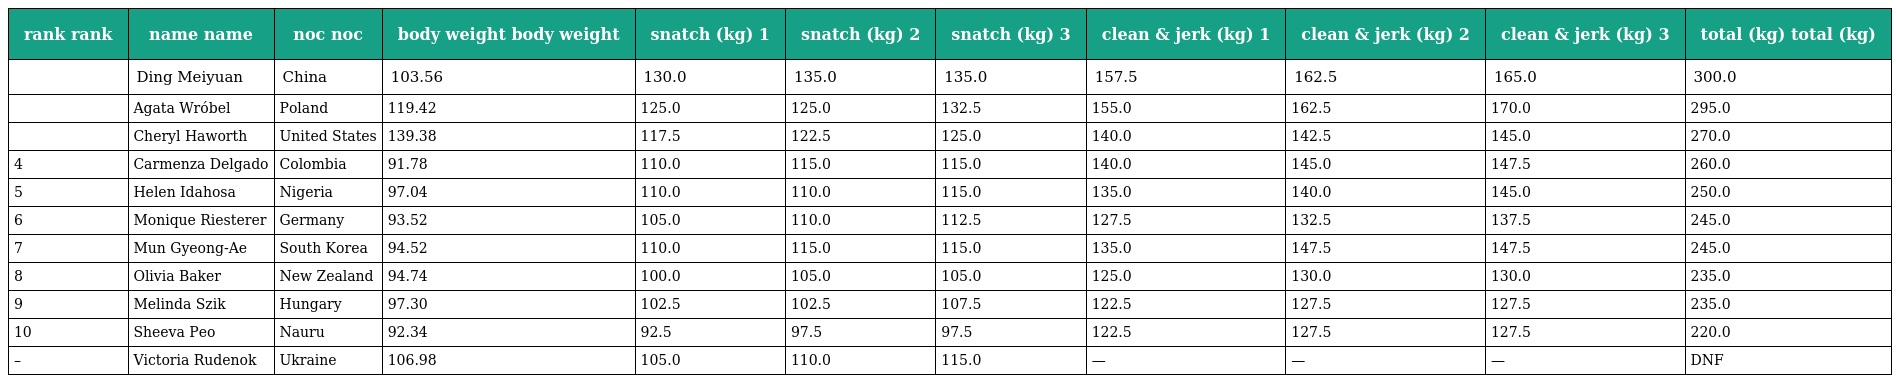
| rank rank | name name | noc noc | body weight body weight | snatch (kg) 1 | snatch (kg) 2 | snatch (kg) 3 | clean & jerk (kg) 1 | clean & jerk (kg) 2 | clean & jerk (kg) 3 | total (kg) total (kg) |
 | --- | --- | --- | --- | --- | --- | --- | --- | --- | --- | --- |
 |  | Ding Meiyuan | China | 103.56 | 130.0 | 135.0 | 135.0 | 157.5 | 162.5 | 165.0 | 300.0 |
 |  | Agata Wróbel | Poland | 119.42 | 125.0 | 125.0 | 132.5 | 155.0 | 162.5 | 170.0 | 295.0 |
 |  | Cheryl Haworth | United States | 139.38 | 117.5 | 122.5 | 125.0 | 140.0 | 142.5 | 145.0 | 270.0 |
 | 4 | Carmenza Delgado | Colombia | 91.78 | 110.0 | 115.0 | 115.0 | 140.0 | 145.0 | 147.5 | 260.0 |
 | 5 | Helen Idahosa | Nigeria | 97.04 | 110.0 | 110.0 | 115.0 | 135.0 | 140.0 | 145.0 | 250.0 |
 | 6 | Monique Riesterer | Germany | 93.52 | 105.0 | 110.0 | 112.5 | 127.5 | 132.5 | 137.5 | 245.0 |
 | 7 | Mun Gyeong-Ae | South Korea | 94.52 | 110.0 | 115.0 | 115.0 | 135.0 | 147.5 | 147.5 | 245.0 |
 | 8 | Olivia Baker | New Zealand | 94.74 | 100.0 | 105.0 | 105.0 | 125.0 | 130.0 | 130.0 | 235.0 |
 | 9 | Melinda Szik | Hungary | 97.30 | 102.5 | 102.5 | 107.5 | 122.5 | 127.5 | 127.5 | 235.0 |
 | 10 | Sheeva Peo | Nauru | 92.34 | 92.5 | 97.5 | 97.5 | 122.5 | 127.5 | 127.5 | 220.0 |
 | – | Victoria Rudenok | Ukraine | 106.98 | 105.0 | 110.0 | 115.0 | — | — | — | DNF |